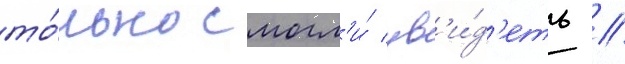
то́лько смогл'и́ ув'и́д'еть //